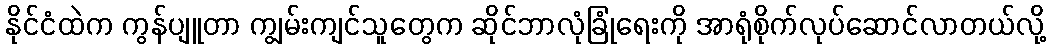
နိုင်ငံထဲက ကွန်ပျူတာ ကျွမ်းကျင်သူတွေက ဆိုင်ဘာလုံခြုံရေးကို အာရုံစိုက်လုပ်ဆောင်လာတယ်လို့